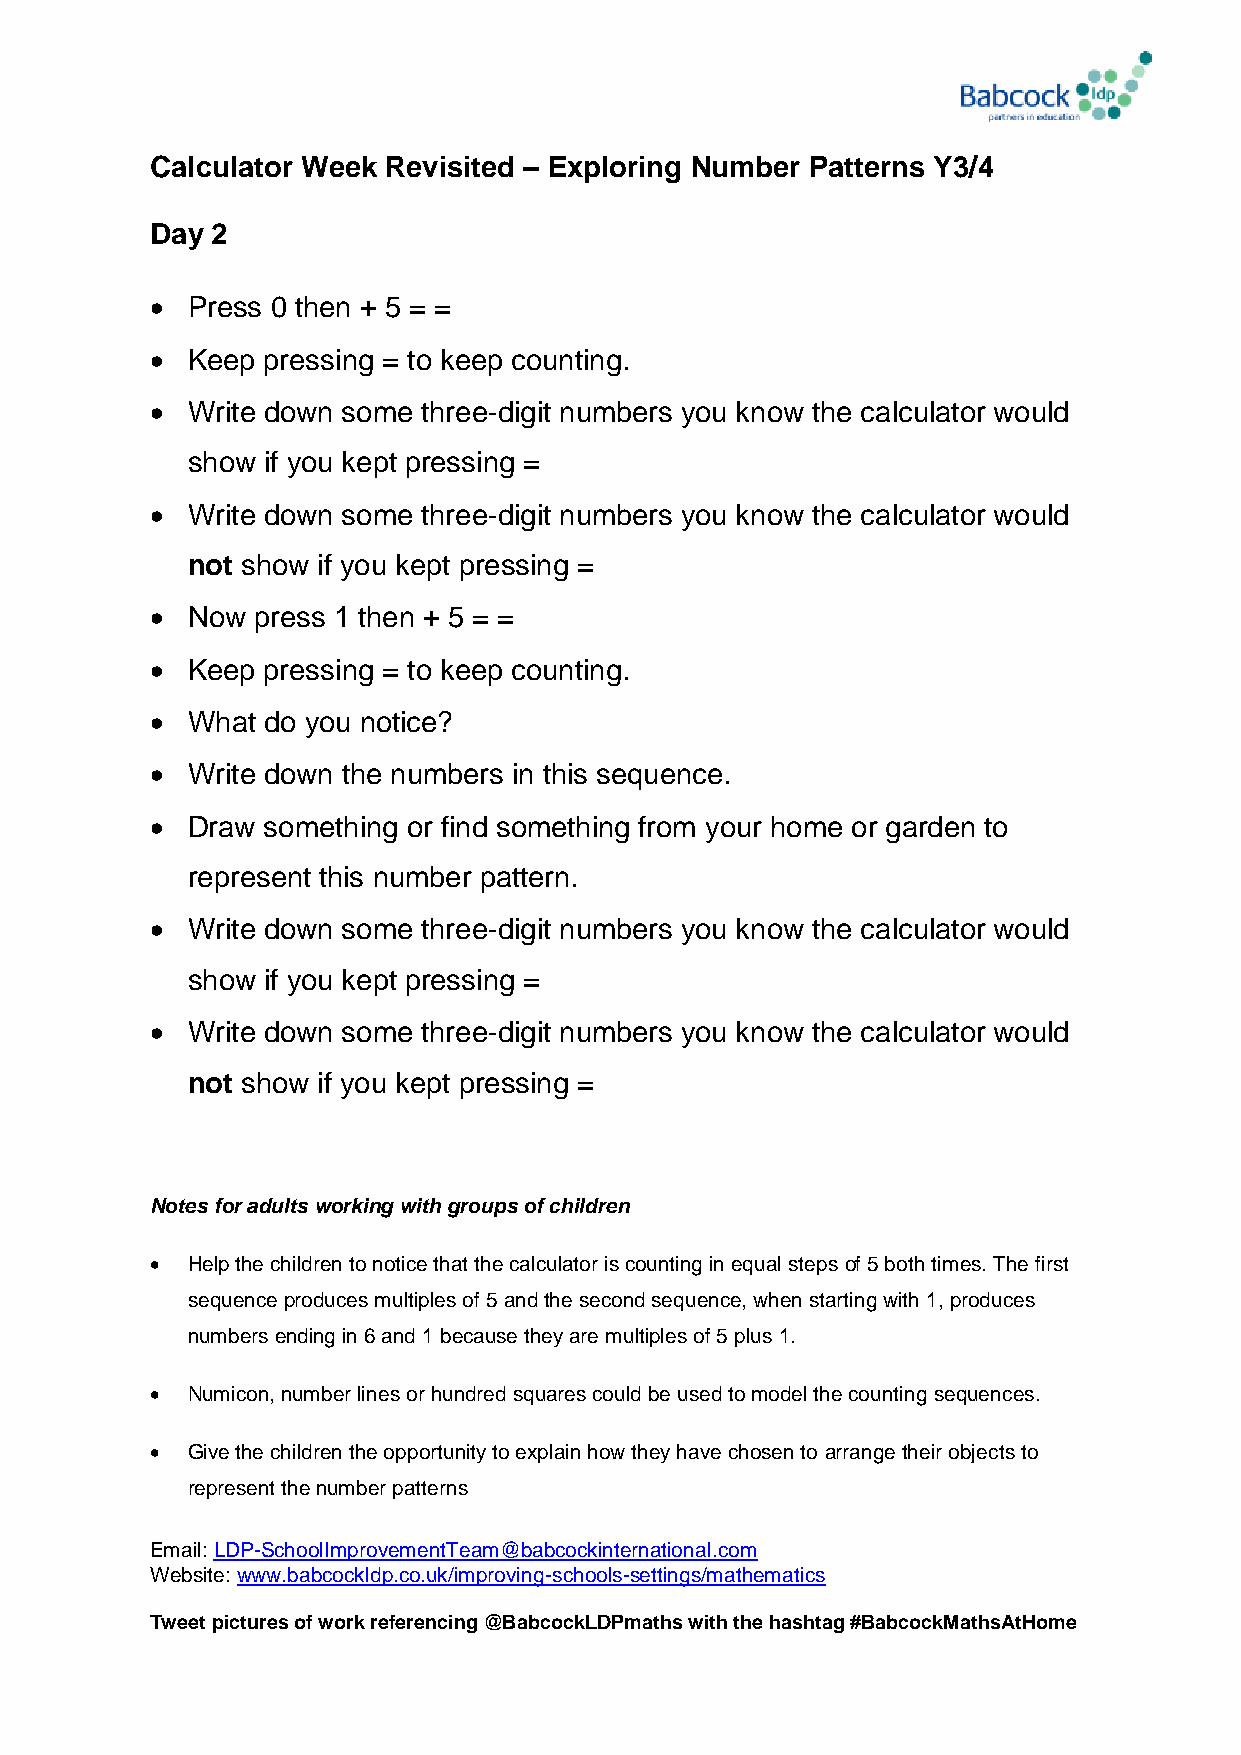
Calculator Week Revisited – Exploring Number Patterns Y3/4
 Day 2
  Press 0 then + 5 = =
  Keep pressing = to keep counting.
  Write down some three-digit numbers you know the calculator would
 show if you kept pressing =
  Write down some three-digit numbers you know the calculator would
 not show if you kept pressing =
  Now  press 1 then + 5 = =
  Keep pressing = to keep counting.
  What do you notice?
  Write down the numbers in this sequence.
  Draw something or find something from your home or garden to
 represent this number pattern.
  Write down some three-digit numbers you know the calculator would
 show if you kept pressing =
  Write down some three-digit numbers you know the calculator would
 not show if you kept pressing =
 Notes for adults working with groups of children
  Help the children to notice that the calculator is counting in equal steps of 5 both times. The first
 sequence produces multiples of 5 and the second sequence, when starting with 1, produces
 numbers ending in 6 and 1 because they are multiples of 5 plus 1.
  Numicon, number lines or hundred squares could be used to model the counting sequences.
  Give the children the opportunity to explain how they have chosen to arrange their objects to
 represent the number patterns
 Email: LDP-SchoolImprovementTeam@babcockinternational.com
 Website: www.babcockldp.co.uk/improving-schools-settings/mathematics
 Tweet pictures of work referencing @BabcockLDPmaths with the hashtag #BabcockMathsAtHome